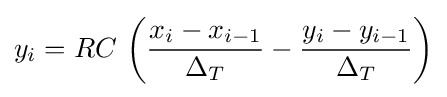
y_{i}=RC\,\left({\frac {x_{i}-x_{i-1}}{\Delta _{T}}}-{\frac {y_{i}-y_{i-1}}{\Delta _{T}}}\right)